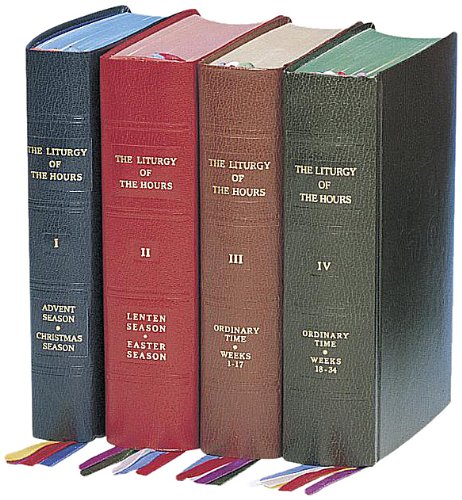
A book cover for Liturgy of the Hours (4-Volume Set); Catholic Book Publishing Co; Christian Books & Bibles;